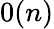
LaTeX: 0(n)